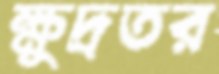
ক্ষুদ্রতর